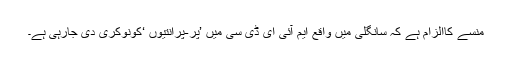
منسے کاالزام ہے کہ سانگلی میں واقع ایم آئی ای ڈی سی میں ’پر-پرانتیوں ‘کونوکری دی جارہی ہے۔